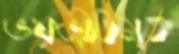
ভয়ভীতিমুক্ত